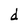
Character: d